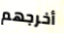
أخرجهم